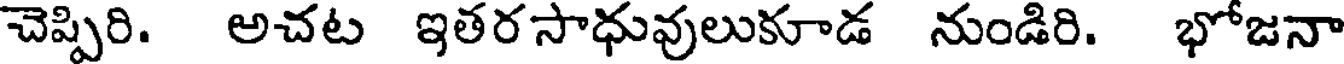
చెప్పిరి. అచట ఇతరసాధువులుకూడ నుండిరి. భోజనా